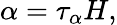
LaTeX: \alpha=\tau_{\alpha}H,